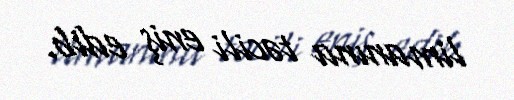
limanına təcili eniş edib.